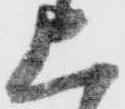
上